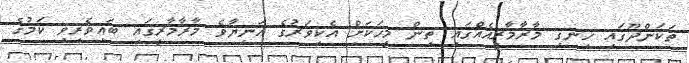
ތަކަންދޫގައި ހިނގި މާރާމާރީއެއްގައި ތިން މީހަކަށް އެކިވަރުގެ އަނިޔާވެ މާރާމާރީގައި ބައިވެރިވި ކަމުގެ